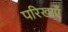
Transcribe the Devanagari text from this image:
परिखाएँ